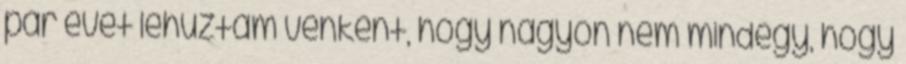
pár évet lehúztam vénként, hogy nagyon nem mindegy, hogy